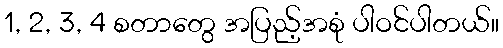
1, 2, 3, 4 စတာတွေ အပြည့်အစုံ ပါဝင်ပါတယ်။